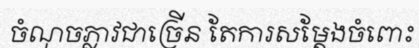
ចំណុចភ្លាវជាច្រើន តែការសម្តែងចំពោះ